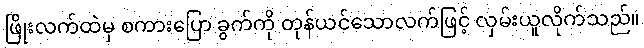
ဖြိုးလက်ထဲမှ စကားပြော ခွက်ကို တုန်ယင်သောလက်ဖြင့် လှမ်းယူလိုက်သည်။